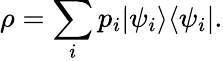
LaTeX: \rho=\sum_{i}p_{i}|\psi_{i}\rangle\langle\psi_{i}|.